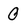
Character: O